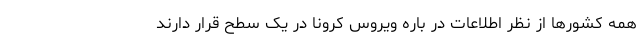
همه کشورها از نظر اطلاعات در باره ویروس کرونا در یک سطح قرار دارند